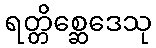
ရတ္တိစ္ဆေဒေသု